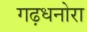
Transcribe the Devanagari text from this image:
गढ़धनोरा